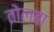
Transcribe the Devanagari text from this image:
तोल्बा